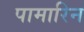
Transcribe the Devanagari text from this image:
पामारिन